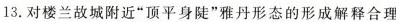
13.对楼兰故城附近”顶平身陡”雅丹形态的形成解释合理